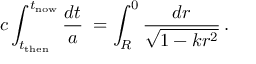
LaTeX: c \int _ { t _ { \mathrm { t h e n } } } ^ { t _ { \mathrm { n o w } } } { \frac { d t } { a } } \; = \int _ { R } ^ { 0 } { \frac { d r } { \sqrt { 1 - k r ^ { 2 } } } } \, .